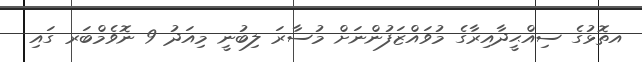
އތޮޅުގެ ސިއްޙީދާއިރާގެ މުވައްޒަފުންނަށް މުސާރަ ލިބުނީ މިއަދު 9 ނޮވެމްބަރ ގައި